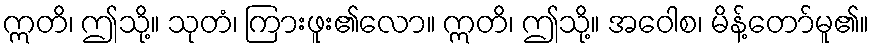
ဣတိ၊ ဤသို့။ သုတံ၊ ကြားဖူး၏လော။ ဣတိ၊ ဤသို့။ အဝေါစ၊ မိန့်တော်မူ၏။